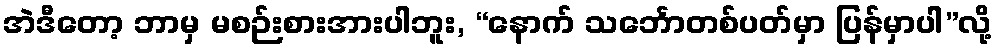
အဲဒီတော့ ဘာမှ မစဉ်းစားအားပါဘူး, “နောက် သင်္ဘောတစ်ပတ်မှာ ပြန်မှာပါ”လို့